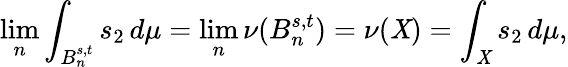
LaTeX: \operatorname*{lim}_{n}\int_{B_{n}^{s,t}}s_{2}\, d\mu=\operatorname*{lim}_{n}\nu(B_{n}^{s,t})=\nu(\mathit{X})=\int_{\mathit{X}}s_{2}\, d\mu,